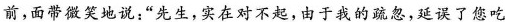
前，面带微笑地说：“先生，实在对不起，由于我的疏忽，延误了您吃